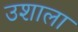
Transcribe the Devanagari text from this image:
उशाला